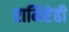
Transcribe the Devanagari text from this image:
रामिष्टेही